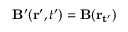
\mathbf { B } ^ { \prime } ( \mathbf { r ^ { \prime } } , t ^ { \prime } ) = \mathbf { B } ( \mathbf { r _ { t ^ { \prime } } } )